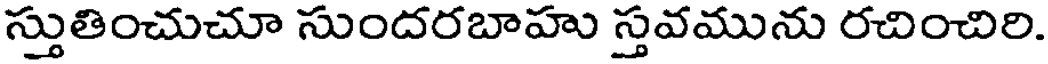
స్తుతించుచూ సుందరబాహు స్తవమును రచించిరి.